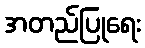
အတည်ပြုရေး